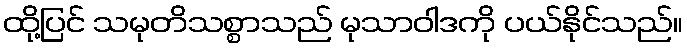
ထို့ပြင် သမုတိသစ္စာသည် မုသာဝါဒကို ပယ်နိုင်သည်။